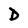
Character: D